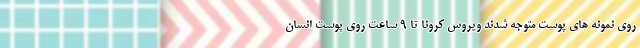
روی نمونه های پوست متوجه شدند ویروس کرونا تا ۹ ساعت روی پوست انسان